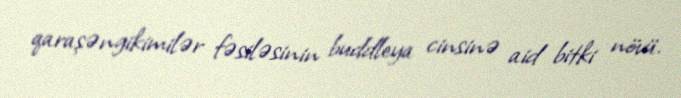
qaraşəngikimilər fəsiləsinin buddleya cinsinə aid bitki növü.